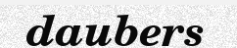
daubers